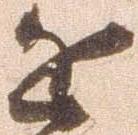
近